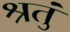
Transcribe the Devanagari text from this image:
श्रतुं